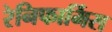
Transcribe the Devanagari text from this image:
रेनिफार्मिस